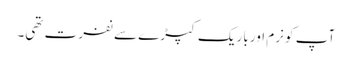
آپ کو نرم اور باریک کپڑے سے نفرت تھی۔